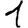
Digit: 1